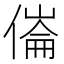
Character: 𠍓